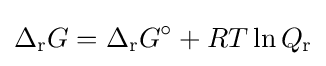
\Delta _{\text{r}}G=\Delta _{\text{r}}G^{\circ }+RT\ln Q_{\text{r}}